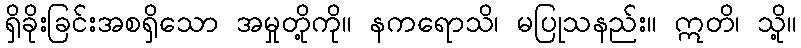
ရှိခိုးခြင်းအစရှိသော အမှုတို့ကို။ နကရောသိ၊ မပြုသနည်း။ ဣတိ၊ သို့။